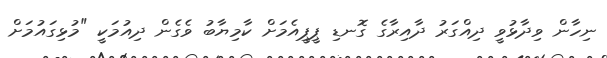
ނިހާން ވިދާޅުވީ ދިއްގަރު ދާއިރާގެ ގޮނޑި ޕީޕީއެމަށް ކާމިޔާބު ވެގެން ދިއުމަކީ "މުޅިގައުމަށް